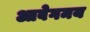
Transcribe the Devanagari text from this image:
आवेगमय